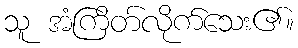
သူ အံကြိတ်လိုက်သေး၏။